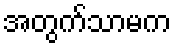
အတွက်သာမက